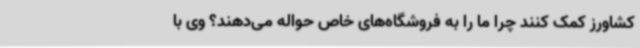
کشاورز کمک کنند چرا ما را به فروشگاه‌های خاص حواله می‌دهند؟ وی با